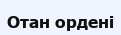
Отан ордені